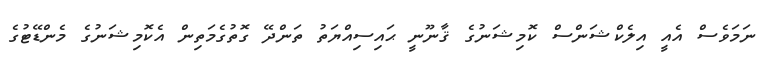
ނަމަވެސް އެއީ އިލެކްޝަންސް ކޮމިޝަނުގެ ޤާނޫނީ ޙައިސިއްޔަތު ތަންދޭ ގޮތުގެމަތިން އެކޮމިޝަނުގެ މެންޑޭޓުގެ